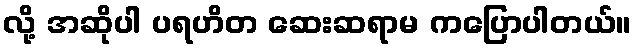
လို့ အဆိုပါ ပရဟိတ ဆေးဆရာမ ကပြောပါတယ်။